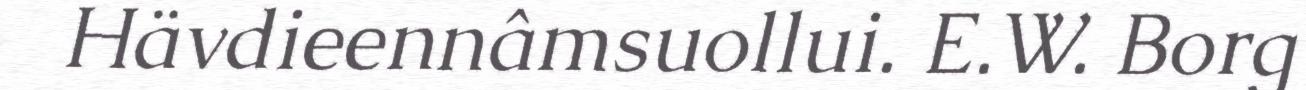
Hävdieennâmsuollui. E.W. Borg